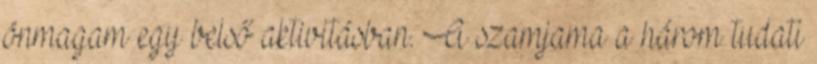
önmagam egy belső aktivitásban. A szamjama a három tudati